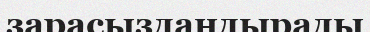
зарасыздандырады